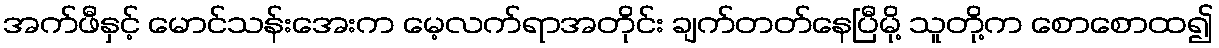
အက်ဖီနှင့် မောင်သန်းအေးက မေ့လက်ရာအတိုင်း ချက်တတ်နေပြီမို့ သူတို့က စောစောထ၍